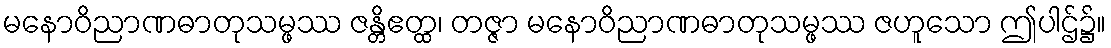
မနောဝိညာဏဓာတုသမ္ဖဿ ဇန္တိဧတ္ထ၊ တဇ္ဇာ မနောဝိညာဏဓာတုသမ္ဖဿ ဇဟူသော ဤပါဌ်၌။